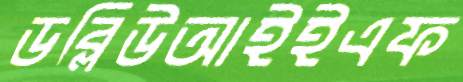
ডব্লিউআইইএফ